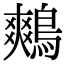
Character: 鷞